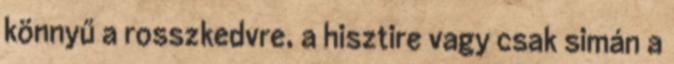
könnyű a rosszkedvre, a hisztire vagy csak simán a